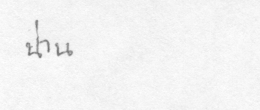
น่าน